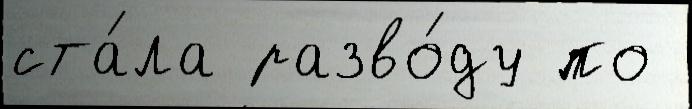
ста́ла разво́ду по